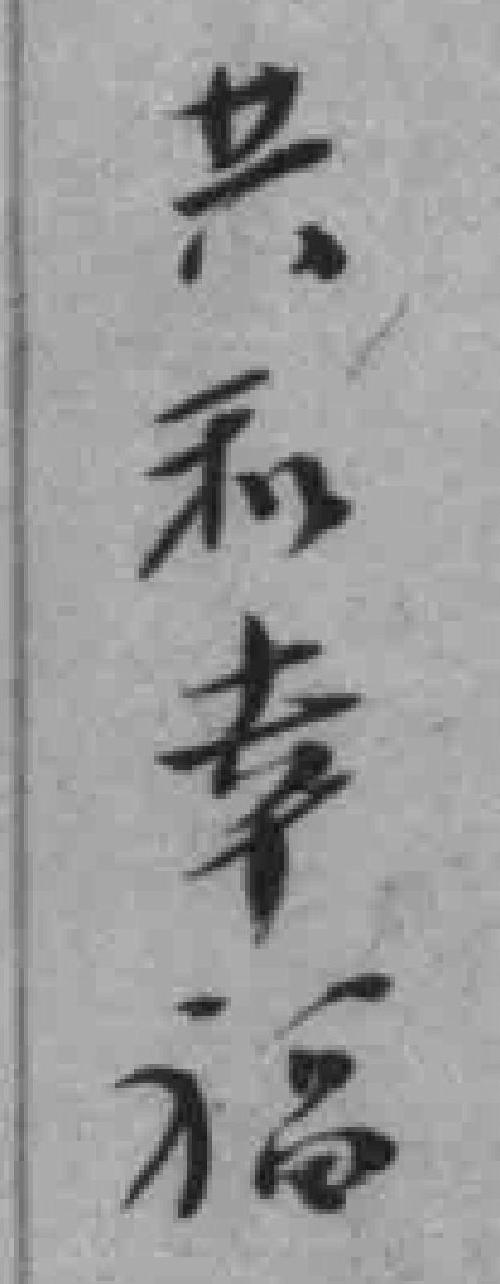
共和幸福